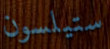
ستيلسون